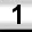
Digit: 1